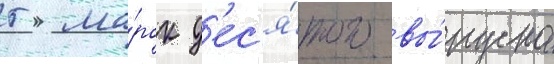
5 ма́рок д'ес'я́того вы́пуска